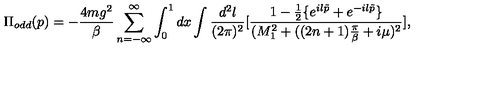
\Pi _ { o d d } ( p ) = - \frac { 4 m g ^ { 2 } } { \beta } \sum _ { n = - \infty } ^ { \infty } \int _ { 0 } ^ { 1 } d x \int \frac { d ^ { 2 } l } { ( 2 \pi ) ^ { 2 } } [ \frac { 1 - \frac { 1 } { 2 } \{ e ^ { i l \tilde { p } } + e ^ { - i l \tilde { p } } \} } { ( M _ { 1 } ^ { 2 } + ( ( 2 n + 1 ) \frac { \pi } { \beta } + i \mu ) ^ { 2 } } ] ,